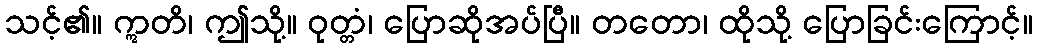
သင့်၏။ ဣတိ၊ ဤသို့။ ဝုတ္တံ၊ ပြောဆိုအပ်ပြီ။ တတော၊ ထိုသို့ ပြောခြင်းကြောင့်။